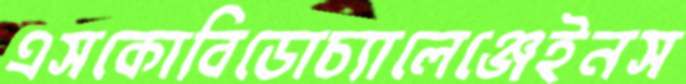
এসকোবিডোচ্যালেঞ্জেইনস